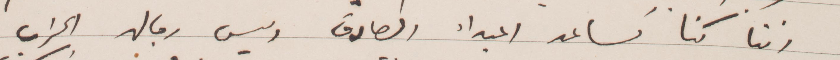
اننا كنا نساعد االمبدأ الصادق وليس رجال الحزب